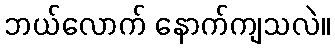
ဘယ်လောက် နောက်ကျသလဲ။